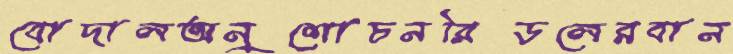
বোদালঅনুশোচনরিডলেরবান